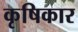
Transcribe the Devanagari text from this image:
कृषिकार